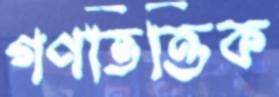
গণভিত্তিক